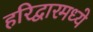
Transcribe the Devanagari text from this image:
हरिद्वारमध्ये